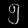
Digit: ၅